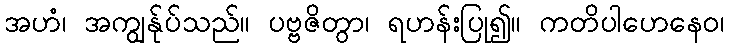
အဟံ၊ အကျွန်ုပ်သည်။ ပဗ္ဗဇိတွာ၊ ရဟန်းပြု၍။ ကတိပါဟေနေဝ၊